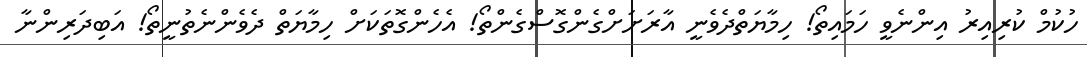
ހުކުމް ކުރިއިރު އިންނެވީ ހަމައިތޯ! ހިމާޔަތްދެވެނީ އާރަށަށްގެންގޮސްގެންތޯ! އެހެންގޮތަކަށް ހިމާޔަތް ދެވެންނެތުނީތޯ! އަބިދަރިންނާ